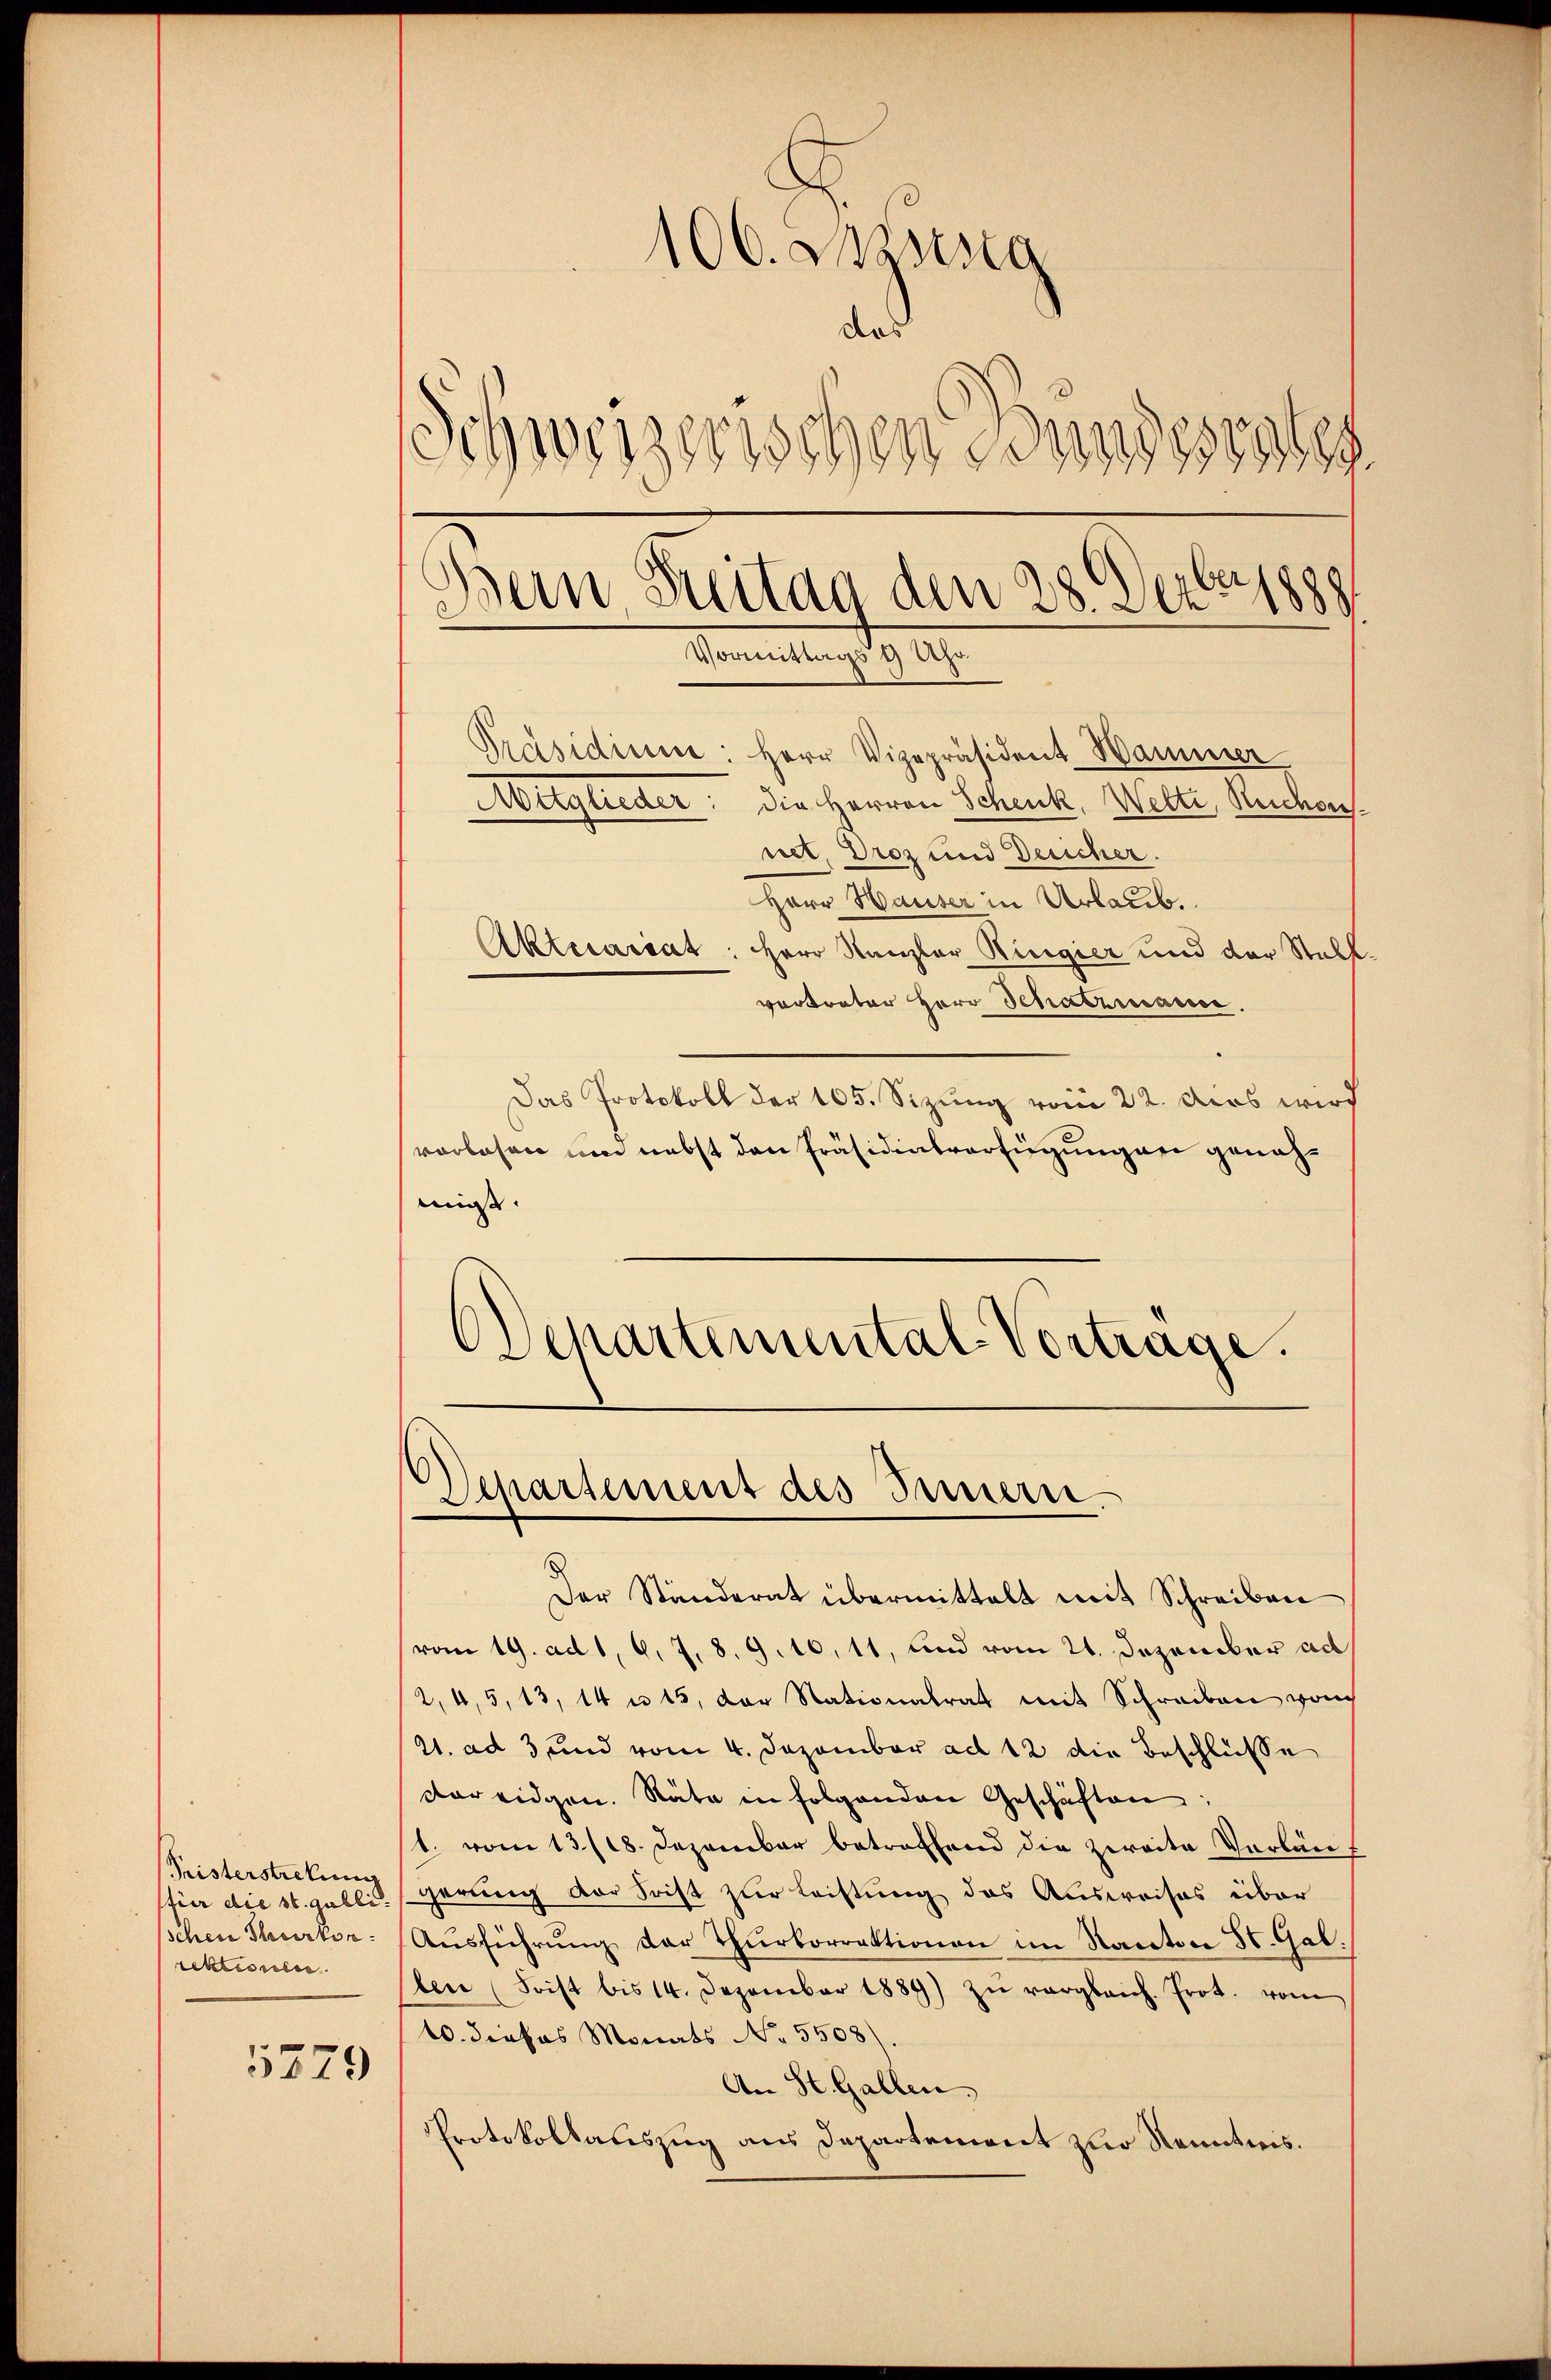
Pristerstretung
für die 16 bei
schen Thurkon.
rektionen.

5379

106. Sessig
das
Schweizerischen Bundesistes
Bern, Breitag den 28. Der 1889
Vormittag
2 Uhr

Präsidium: Herr Vizepräsident Wammer
Mitglieder: die Herren Schenk, Wetti, Reichensnet. Droz und Delicher.
Herr Hauser in Urlaub.
Aktecassat: Herr Kanzler Ringier und der Stall.
vertreter Herr Schatzmause.
Das Protokoll der 105. Sizung vom 22. das wird
vorlesen um nebst den Präsidialverfügung an genehmis.

ODepartemental Vortrage.
Departement des Innern.

Der Ständerat übermittelt mit Schreiben
vom 19. ad 1, S. 78. 9.10, 11, und vom 21. Dezember ad
2, 4, 5, 13, 14 u. 15, der Stationalrat mit Schreiben von
21. ad 3 und vom 4. Dezember ad 12 die Beschlüsse
dareidgen. Räte in folgenden Geschäften:
1. vom 13./18. Dezember betreffend die zweite Vorlängerung der Frist zur Leistung des Ausweises über
Aŭsführŭng der Thurkorrektionen im Kanton St. Gal.
len (Frist bis 14. Dezember 1884) zŭ vergleich. Prot. vom
10. dieses Monats No. 5508)
An St. Gallen.
Protokollauszug aus Departement zur Kenntnis.